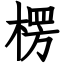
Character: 楞